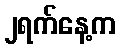
၂ရက်နေ့က